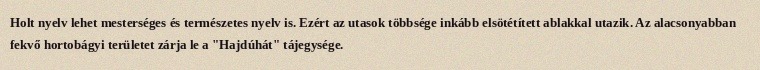
Holt nyelv lehet mesterséges és természetes nyelv is. Ezért az utasok többsége inkább elsötétített ablakkal utazik. Az alacsonyabban fekvő hortobágyi területet zárja le a "Hajdúhát" tájegysége.